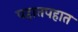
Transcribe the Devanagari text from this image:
पहातपहात